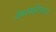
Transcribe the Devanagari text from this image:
वेबसाईटवरून